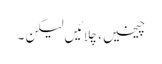
چیخیں، چِلائیں لیکن ۔